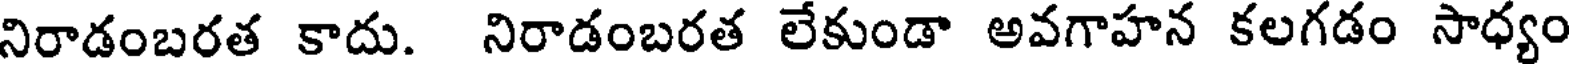
నిరాడంబరత కాదు. నిరాడంబరత లేకుండా అవగాహన కలగడం సాధ్యం